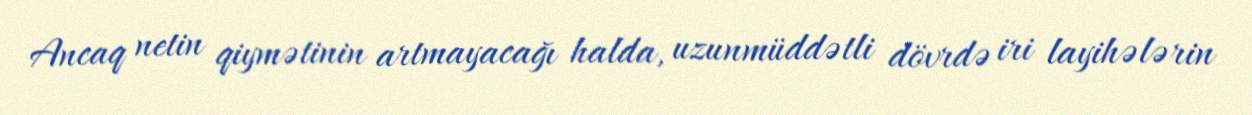
Ancaq netin qiymətinin artmayacağı halda, uzunmüddətli dövrdə iri layihələrin